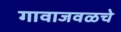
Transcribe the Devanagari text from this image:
गावाजवळचे